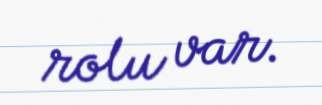
rolu var.